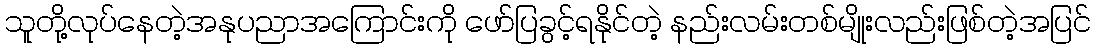
သူတို့လုပ်နေတဲ့အနုပညာအကြောင်းကို ဖော်ပြခွင့်ရနိုင်တဲ့ နည်းလမ်းတစ်မျိုးလည်းဖြစ်တဲ့အပြင်